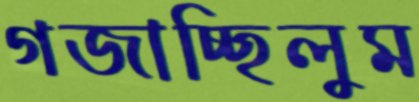
গজাচ্ছিলুম